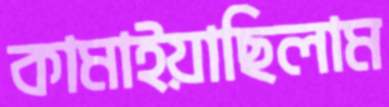
কামাইয়াছিলাম